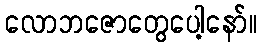
လောဘဇောတွေပေါ့နော်။